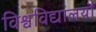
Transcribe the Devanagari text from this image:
विश्वविद्यालयौं